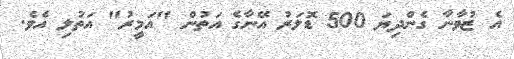
އެ ޒުވާނާ ގެންދިޔަ 500 ޑޮލަރު އޭނާގެ އަތުން "އަމީރު" އަތުލި އެވެ.